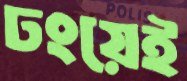
ঢংয়েই